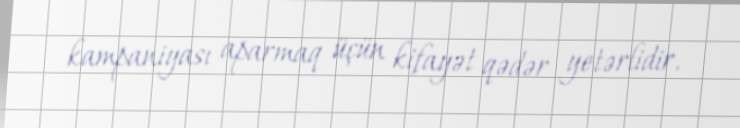
kampaniyası aparmaq üçün kifayət qədər yetərlidir.